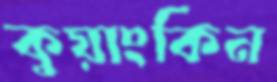
কুয়াংকিন